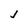
Character: j